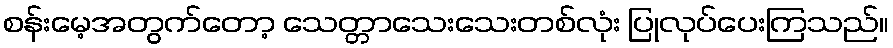
စန်းမေ့အတွက်တော့ သေတ္တာသေးသေးတစ်လုံး ပြုလုပ်ပေးကြသည်။